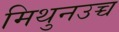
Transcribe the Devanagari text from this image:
मिथुनउच्च